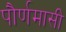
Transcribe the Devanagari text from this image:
पौर्णमासी